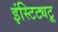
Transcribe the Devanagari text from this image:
इंस्टिट्यटू